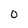
Character: 0